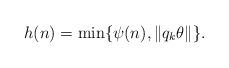
LaTeX: \begin{align*}h(n)=\min\{\psi(n),\|q_k\theta\|\}.\end{align*}